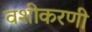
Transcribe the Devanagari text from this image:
वशीकरणी